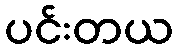
ပင်းတယ